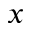
\boldsymbol { x }